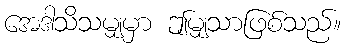
အေဒါသိသမျှမှာ ဤမျှသာဖြစ်သည်။